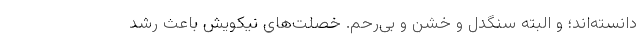
دانسته‌اند؛ و البته سنگدل و خشن و بی‌رحم. خصلت‌های نیکویش باعث رشد